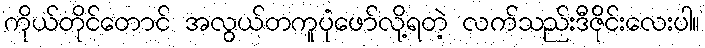
ကိုယ်တိုင်တောင် အလွယ်တကူပုံဖော်လို့ရတဲ့ လက်သည်းဒီဇိုင်းလေးပါ။